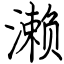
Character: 濑